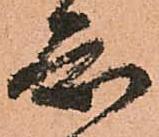
知